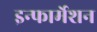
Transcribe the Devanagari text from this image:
इन्‍फार्मेशन